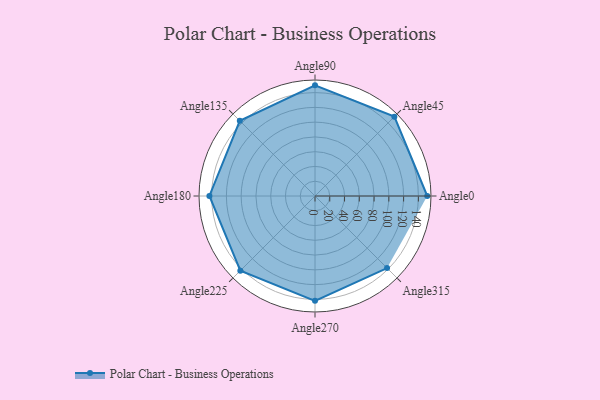
{"axis": {"x": "Angle", "y": "Radius"}, "legend": [""], "data": [{"x": "Angle0", "y": 152.0, "type": ""}, {"x": "Angle45", "y": 152.0, "type": ""}, {"x": "Angle90", "y": 150.0, "type": ""}, {"x": "Angle135", "y": 144.0, "type": ""}, {"x": "Angle180", "y": 143.0, "type": ""}, {"x": "Angle225", "y": 143.0, "type": ""}, {"x": "Angle270", "y": 142.0, "type": ""}, {"x": "Angle315", "y": 138.0, "type": ""}]}